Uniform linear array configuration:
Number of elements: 4
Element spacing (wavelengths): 0.25
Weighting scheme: cosine
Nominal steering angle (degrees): -30
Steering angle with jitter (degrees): -30.106
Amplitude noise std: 0.05
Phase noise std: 0.05

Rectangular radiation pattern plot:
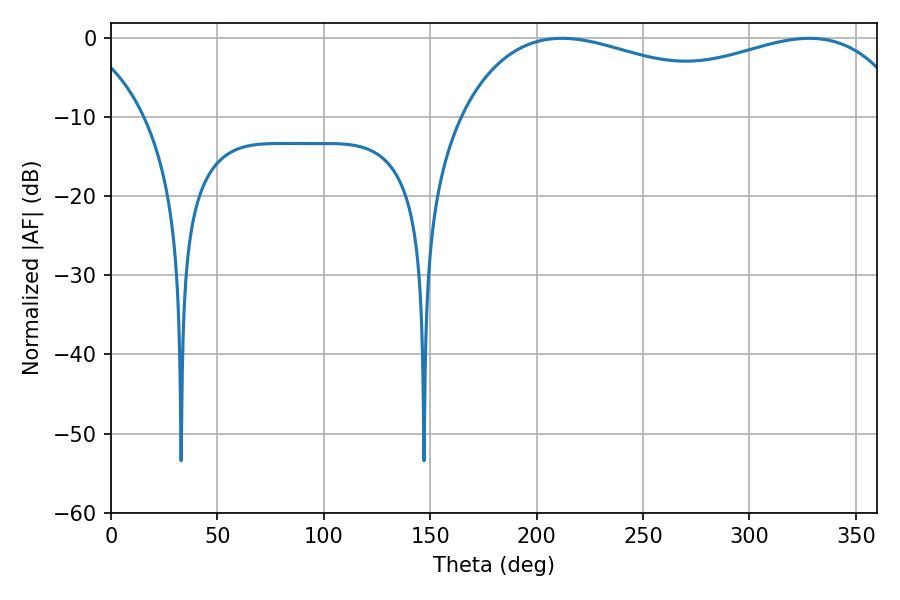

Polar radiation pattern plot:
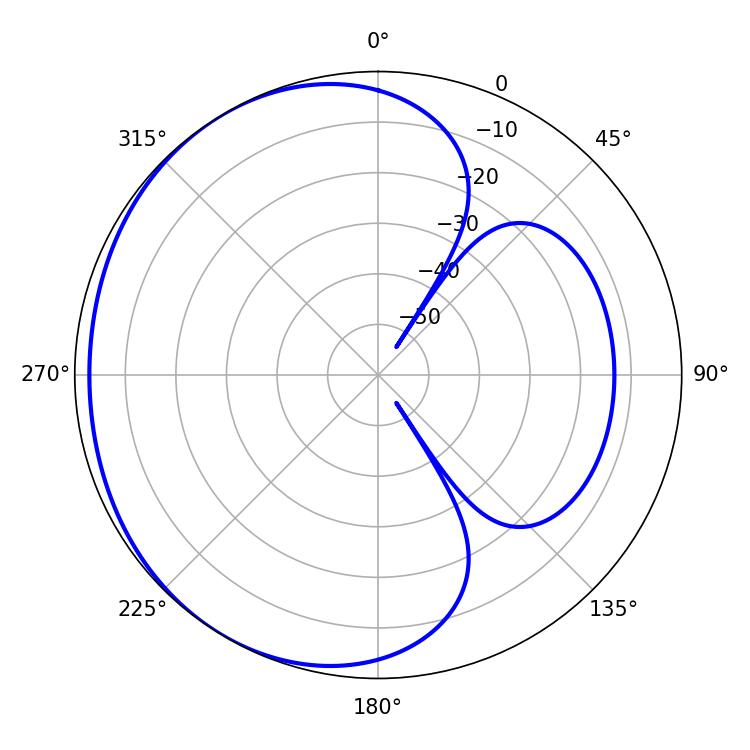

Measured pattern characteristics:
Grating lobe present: FALSE
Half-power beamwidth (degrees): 174.24
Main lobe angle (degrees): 211.86